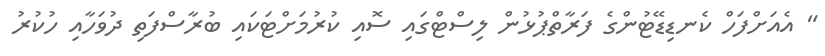
" އެއަށްފަހް ކެނޑިޑޭޓުންގެ ފަރާތްޕުޅުން ލިސްޓްގައި ސޮއި ކުރުމަށްޓަކައި ބުރާސްފަތި ދުވަހާއި ހުކުރު